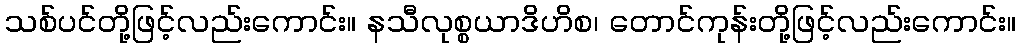
သစ်ပင်တို့ဖြင့်လည်းကောင်း။ နသီလုစ္စယာဒိဟိစ၊ တောင်ကုန်းတို့ဖြင့်လည်းကောင်း။